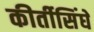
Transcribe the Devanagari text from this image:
कीर्तीसिंघे